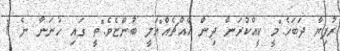
ރުފިޔާ ދަބަހެ."މީ ކީއްކުރަން ދިން އެއްޗެއް"އަލީ ބުންޏެވެ."ތީ ގައި ހުނަނާ ނެ 1